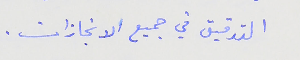
التدقيق في جميع الانجازات .